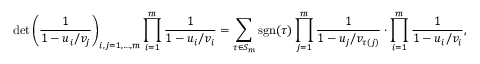
\operatorname* { d e t } \left( \frac { 1 } { 1 - u _ { i } / v _ { j } } \right) _ { i , j = 1 , \dots , m } \prod _ { i = 1 } ^ { m } \frac { 1 } { 1 - u _ { i } / v _ { i } } = \sum _ { \tau \in S _ { m } } { \mathrm { s g n } } ( \tau ) \prod _ { j = 1 } ^ { m } \frac { 1 } { 1 - u _ { j } / v _ { \tau ( j ) } } \cdot \prod _ { i = 1 } ^ { m } \frac { 1 } { 1 - u _ { i } / v _ { i } } ,